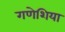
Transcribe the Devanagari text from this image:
गणेशिया